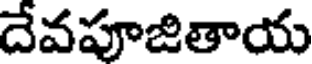
దేవపూజితాయ